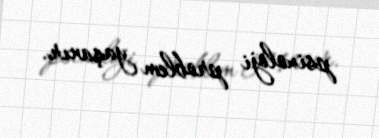
psixoloji problem yaşanır.